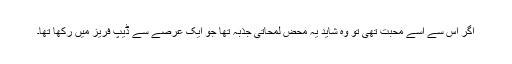
اگر اس سے اسے محبت تھی تو وہ شاید یہ محض لمحاتی جذبہ تھا جو ایک عرصے سے ڈیپ فریز میں رکھا تھا۔